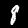
Digit: 8